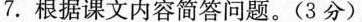
7.根据课文内容简答问题。(3分)、